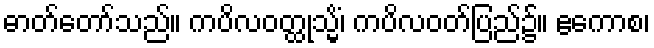
ဓာတ်တော်သည်။ ကပိလဝတ္ထုသ္မိံ၊ ကပိလဝတ်ပြည်၌။ ဧကောစ၊